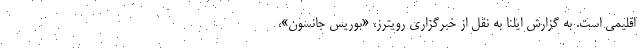
اقلیمی است. به گزارش ایلنا به نقل از خبرگزاری رویترز، «بوریس جانسون»،